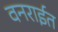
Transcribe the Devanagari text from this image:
वनरार्इत